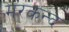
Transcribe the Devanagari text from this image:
मरकन्द